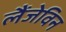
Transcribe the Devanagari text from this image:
लैंजेविन